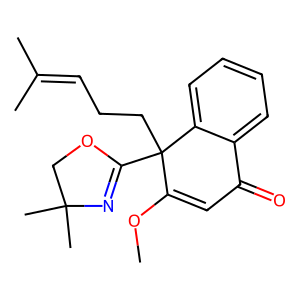
SMILES: COC1=CC(=O)c2ccccc2C1(CCC=C(C)C)C1=NC(C)(C)CO1
Inhibits HIV replication: No